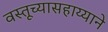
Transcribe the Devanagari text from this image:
वस्तूच्यासहाय्याने